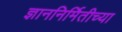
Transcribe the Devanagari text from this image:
ज्ञाननिर्मितीच्या